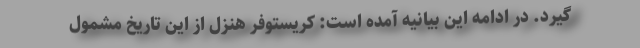
گیرد. در ادامه این بیانیه آمده است: کریستوفر هنزل از این تاریخ مشمول